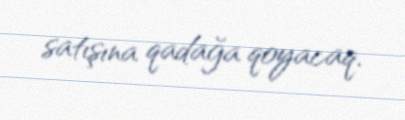
satışına qadağa qoyacaq.